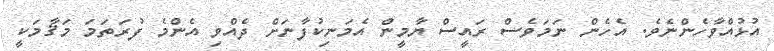
އުޅުއްވާހެންނެވެ. އެހެން ނަމަވެސް ރައީސް ޔާމީން އެމަނިކުފާނަށް ދެއްވި އެންމެ ފުރަތަމަ މަޤާމަކީ